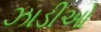
ઝાડીઓ